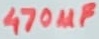
Text: 470µF